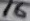
Text: 16